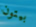
بيتون